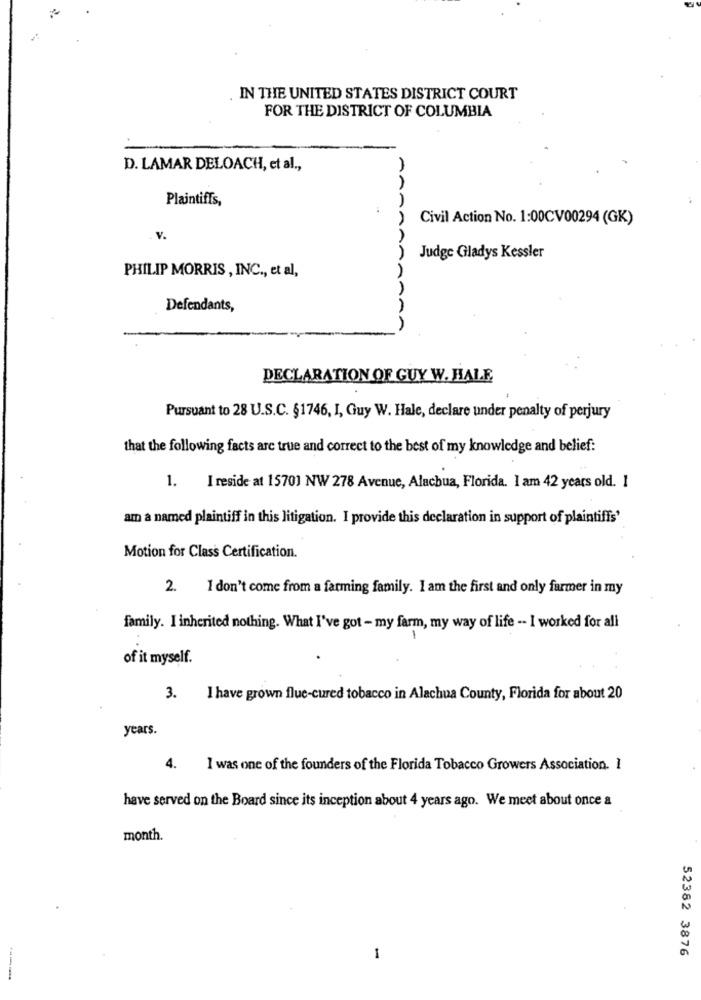
IN THE UNITED STATES DISTRICT COURT
FOR THE DISTRICT OF COLUMBIA
D. LAMAR DELOACH, et al .,
Plaintiffs,
AAAA
Civil Action No. 1:00CV00294 (GK)
v.
Judge Gladys Kessler
PHILIP MORRIS , INC ., et al,
JAAAA
Defendants,
AA
DECLARATION OF GUY W. HALE
Pursuant to 28 U.S.C. §1746, I, Guy W. Hale, declare under penalty of perjury
that the following facts are true and correct to the best of my knowledge and belief:
1. I reside at 15701 NW 278 Avenue, Alachua, Florida. I am 42 years old. 1
am a named plaintiff in this litigation. I provide this declaration in support of plaintiffs'
Motion for Class Certification.
2. I don't come from a farming family. I am the first and only farmer in my
family. I inherited nothing. What I've got - my farm, my way of life -- I worked for all
-
of it myself.
3. I have grown flue-cured tobacco in Alachua County, Florida for about 20
years.
4.
I was one of the founders of the Florida Tobacco Growers Association. 1
have served on the Board since its inception about 4 years ago. We meet about once a
month.
52382 3876
1